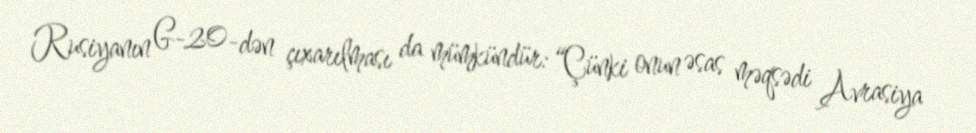
Rusiyanın G-20-dən çıxarılması da mümkündür: “Çünki onun əsas məqsədi Avrasiya